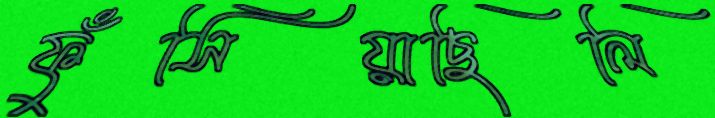
ফুঁসিয়াছিলি